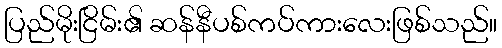
ပြည်မိုးငြိမ်း၏ ဆန်နီပစ်ကပ်ကားလေးဖြစ်သည်။